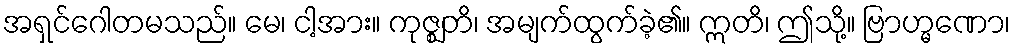
အရှင်ဂေါတမသည်။ မေ၊ ငါ့အား။ ကုဇ္ဈတိ၊ အမျက်ထွက်ခဲ့၏။ ဣတိ၊ ဤသို့။ ဗြာဟ္မဏော၊